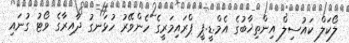
ލޯކަލް ކައުސިލް އިންތިޚާބުގެ އެމް.ޑީ.ޕީ ޕްރައިމަރީގެ ހެންވޭރު ހުޅަނގު ދާއިރާގެ ވޯޓު ގުނައި